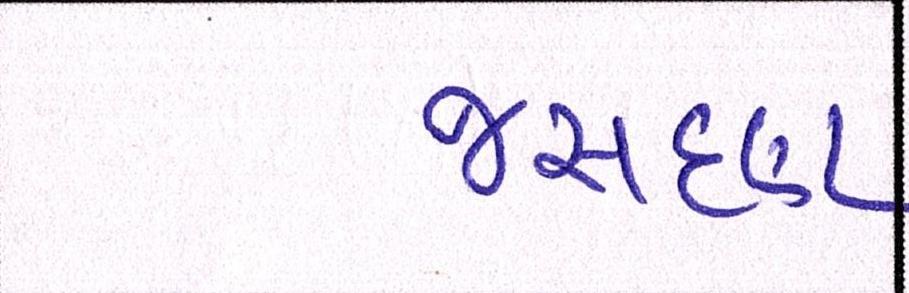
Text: જસદણ